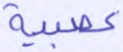
عصبية